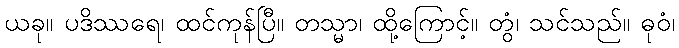
ယခု။ ပဒိဿရေ၊ ထင်ကုန်ပြီ။ တသ္မာ၊ ထို့ကြောင့်။ တွံ၊ သင်သည်။ ဓုဝံ၊